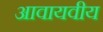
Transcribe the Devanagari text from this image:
आवायवीय